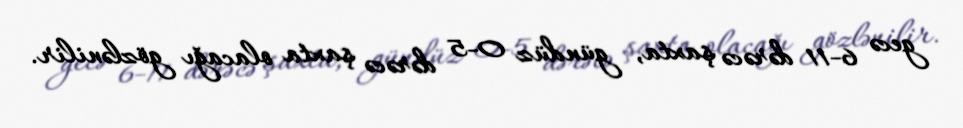
gecə 6-11 dərəcə şaxta, gündüz 0-5 dərəcə şaxta olacağı gözlənilir.